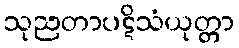
သုညတာပဋိသံယုတ္တာ